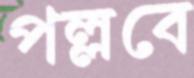
পল্লবে